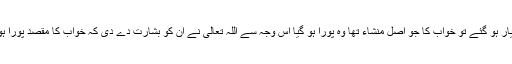
چنانچہ جب وہ بیٹے کو قربان کرنے کے لیے تیار ہو گئے تو خواب کا جو اصل منشاء تھا وہ پورا ہو گیا اس وجہ سے اللہ تعالیٰ نے ان کو بشارت دے دی کہ خواب کا مقصد پورا ہو چکا اب مزید کسی اقدام کی ضرورت نہیں ہے۔